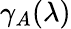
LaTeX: \gamma_{A}(\lambda)